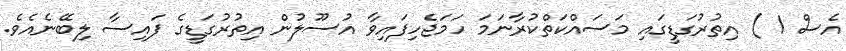
އެސް 1 ) އިތުރުގަޑީގައި މަސައްކަތްކުރާނަމަ ހަމަޖެހިފައިވާ އުސޫލުން އިތުރުގަޑީގެ ފައިސާ ލިބޭނެއެވެ.